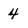
Character: 4